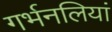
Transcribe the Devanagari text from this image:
गर्भनलियां